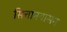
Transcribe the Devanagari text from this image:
सित्तानवासन